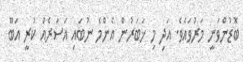
ބޮޑުންވަނީ މަރުވައެވެ. އަދި މި ޚަބަރުން އެންމެ ނުބައި އަސަރެއް ކުރީ އަބޫ